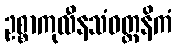
ဥစ္စာကုလီနသံဝတ္တနိကံ